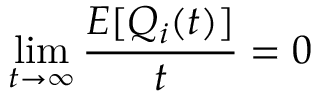
\operatorname* { l i m } _ { t \rightarrow \infty } { \frac { E [ Q _ { i } ( t ) ] } { t } } = 0